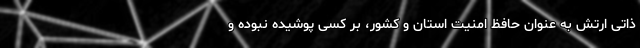
ذاتی ارتش به عنوان حافظ امنیت استان و کشور، بر کسی پوشیده نبوده و